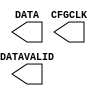
// $Header: /devl/xcs/repo/env/Databases/CAEInterfaces/verunilibs/data/fuji/USR_ACCESSE2.v,v 1.2 2012/09/21 23:49:10 wloo Exp $
///////////////////////////////////////////////////////
//  Copyright (c) 2009 Xilinx Inc.
//  All Right Reserved.
///////////////////////////////////////////////////////
//
//   ____   ___
//  /   /\/   / 
// /___/  \  /     Vendor      : Xilinx 
// \  \    \/      Version : 10.1
//  \  \           Description : 
//  /  /                      
// /__/   /\       Filename    : USR_ACCESSE2.v
// \  \  /  \ 
//  \__\/\__ \                    
//                                 
/////////////////////////////////////////////////////////

`timescale 1 ps / 1 ps 

module USR_ACCESSE2 (
  CFGCLK,
  DATA,
  DATAVALID
);

  output CFGCLK;
  output DATAVALID;
  output [31:0] DATA;

  specify
    specparam PATHPULSE$ = 0;
  endspecify

endmodule